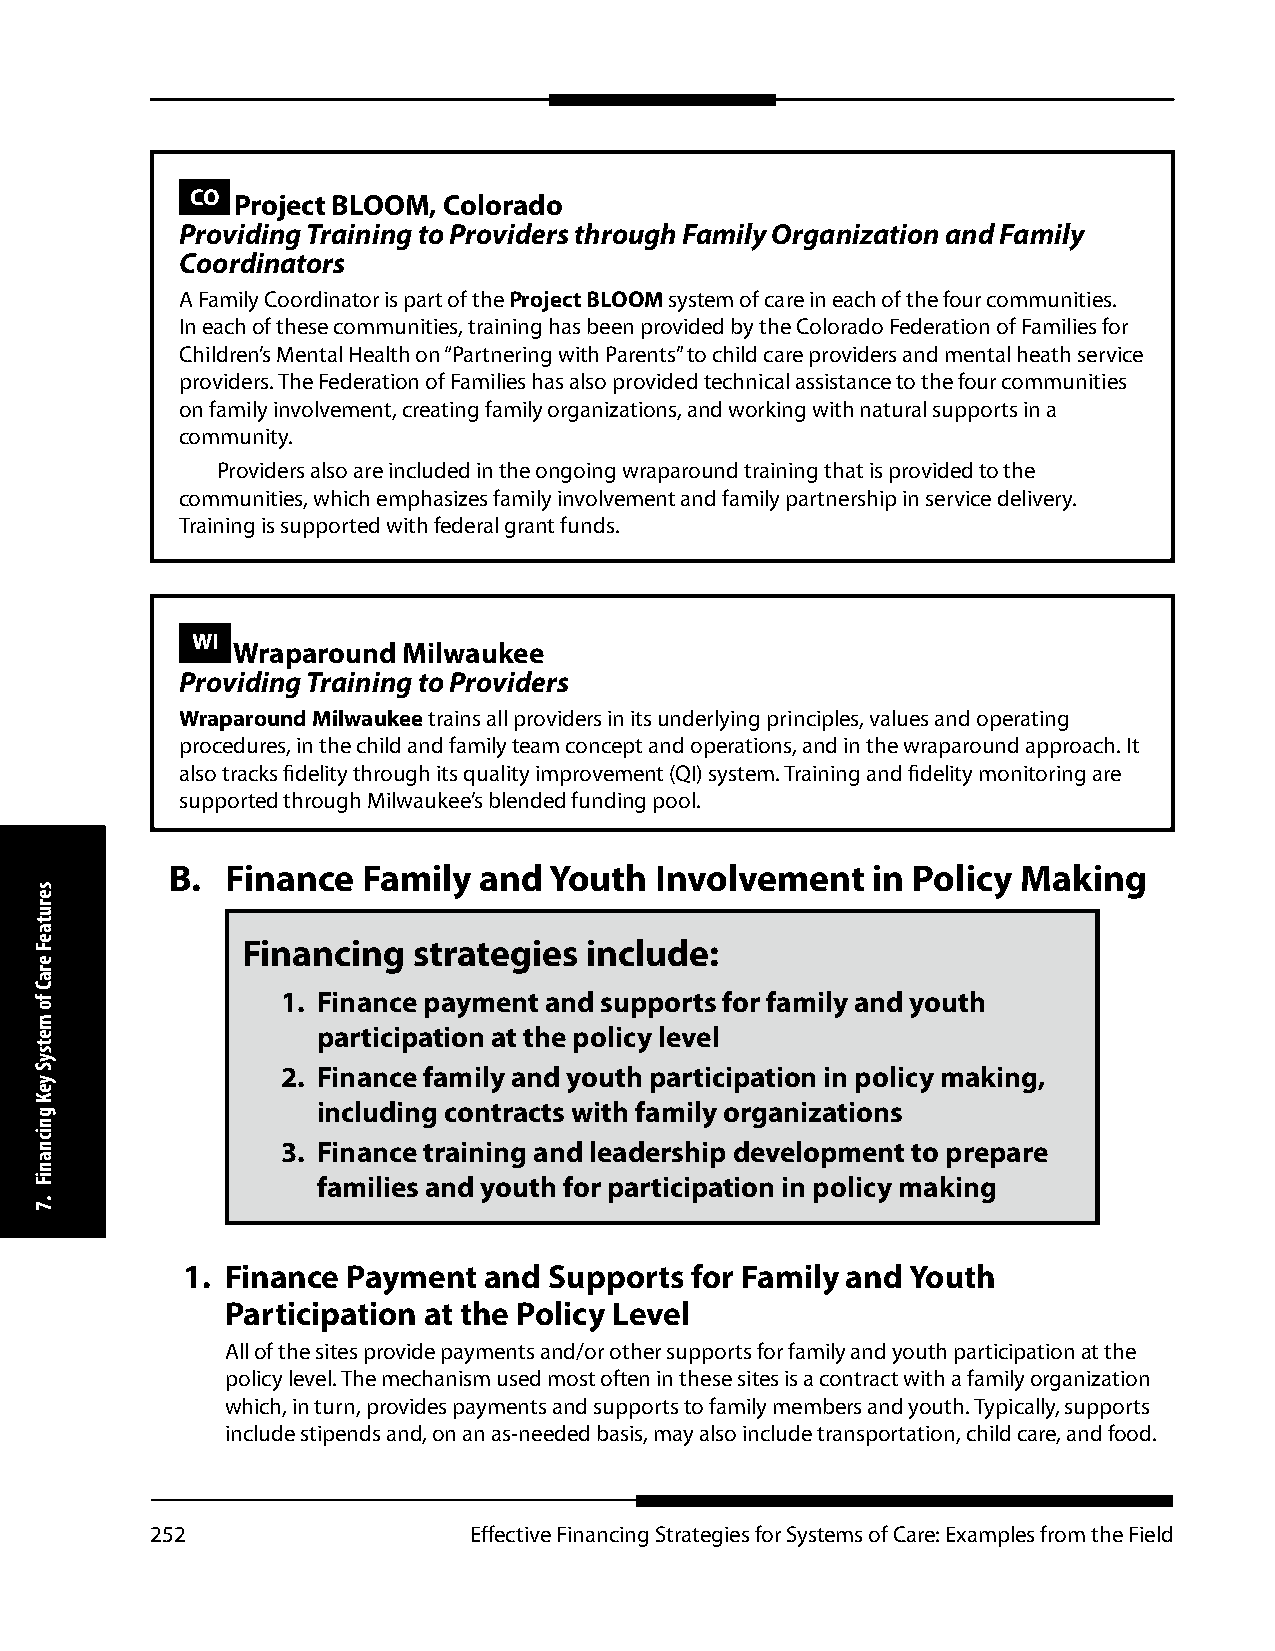
CO Project BLOOM, Colorado
 Providing Training to Providers through Family Organization and Family
 Coordinators
 A Family Coordinator is part of the Project BLOOM system of care in each of the four communities.
 In each of these communities, training has been provided by the Colorado Federation of Families for
 Children’s Mental Health on “Partnering with Parents” to child care providers and mental heath service
 providers. The Federation of Families has also provided technical assistance to the four communities
 on family involvement, creating family organizations, and working with natural supports in a
 community.
 Providers also are included in the ongoing wraparound training that is provided to the
 communities, which emphasizes family involvement and family partnership in service delivery.
 Training is supported with federal grant funds.
 WI
 Wraparound  Milwaukee
 Providing Training to Providers
 Wraparound Milwaukee trains all providers in its underlying principles, values and operating
 procedures, in the child and family team concept and operations, and in the wraparound approach. It
 also tracks fidelity through its quality improvement (QI) system. Training and fidelity monitoring are
 supported through Milwaukee’s blended funding pool.
 B.  Finance  Family  and Youth  Involvement    in Policy Making
 Financing  strategies  include:
 1. Finance payment and supports for family and youth
 participation at the policy level
 2. Finance family and youth participation in policy making,
 including contracts with family organizations
 3. Finance training and leadership development to prepare
 families and youth for participation in policy making
 1. Finance Payment  and Supports  for Family and Youth
 Participation at the Policy Level
 All of the sites provide payments and/or other supports for family and youth participation at the
 policy level. The mechanism used most often in these sites is a contract with a family organization
 which, in turn, provides payments and supports to family members and youth. Typically, supports
 include stipends and, on an as-needed basis, may also include transportation, child care, and food.
 252                  Effective Financing Strategies for Systems of Care: Examples from the Field
 serutaeF
 eraC
 fo
 metsyS
 yeK
 gnicnaniF
 .7